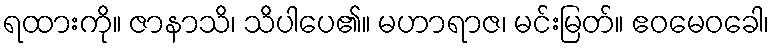
ရထားကို။ ဇာနာသိ၊ သိပါပေ၏။ မဟာရာဇ၊ မင်းမြတ်။ ဧဝမေဝခေါ၊